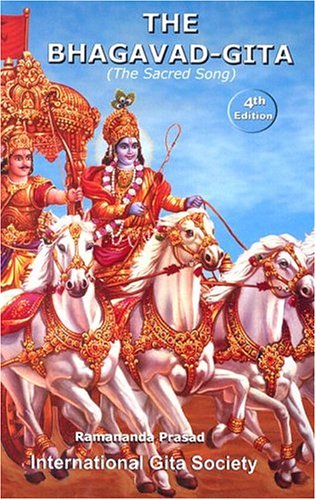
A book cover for The Bhagavad-gita: The Sacred Song; Ramananda Prasad; Teen & Young Adult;